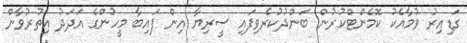
ގަޑިއިރު ވުމާއެކު ކޮމެންޓްކުރުން ބަންދުކުރެވިފައި ސީރިޔާ އިން ފައިބާ މީހުންގެ އަދަދު އިތުރުވާން